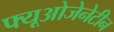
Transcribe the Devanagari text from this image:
फ्यूओजेनेटीन